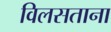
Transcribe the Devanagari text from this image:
विलसताना